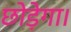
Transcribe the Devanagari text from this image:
छोड़ेगा।